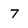
Character: 7